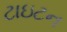
ટાઇટન